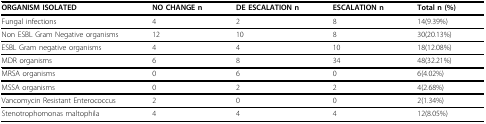
<table><thead><tr><td><b>ORGANISM ISOLATED</b></td><td><b>NO CHANGE n</b></td><td><b>DE ESCALATION n</b></td><td><b>ESCALATION n</b></td><td><b>Total n (%)</b></td></tr></thead><tbody><tr><td>Fungal infections</td><td>4</td><td>2</td><td>8</td><td>14(9.39%)</td></tr><tr><td>Non ESBL Gram Negative organisms</td><td>12</td><td>10</td><td>8</td><td>30(20.13%)</td></tr><tr><td>ESBL Gram negative organisms</td><td>4</td><td>4</td><td>10</td><td>18(12.08%)</td></tr><tr><td>MDR organisms</td><td>6</td><td>8</td><td>34</td><td>48(32.21%)</td></tr><tr><td>MRSA organisms</td><td>0</td><td>6</td><td>0</td><td>6(4.02%)</td></tr><tr><td>MSSA organisms</td><td>0</td><td>2</td><td>2</td><td>4(2.68%)</td></tr><tr><td>Vancomycin Resistant Enterococcus</td><td>2</td><td>0</td><td>0</td><td>2(1.34%)</td></tr><tr><td>Stenotrophomonas maltophila</td><td>4</td><td>4</td><td>4</td><td>12(8.05%)</td></tr></tbody></table>